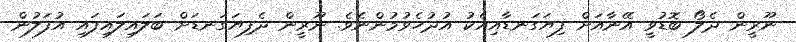
ނޫރީން ދެލޯ ބޮޑުވީ އޭނާއަށް ފިޔަގަނޑާއިއެކު އުދުހެވުމުންނެވެ. ނޫރީން ދެފިޔަގަނޑަށް ބަލައިލައިފައި އުފަލުން